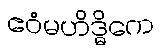
ဧဝံမဟိဒ္ဓိကေ